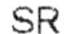
SR